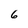
Character: 6